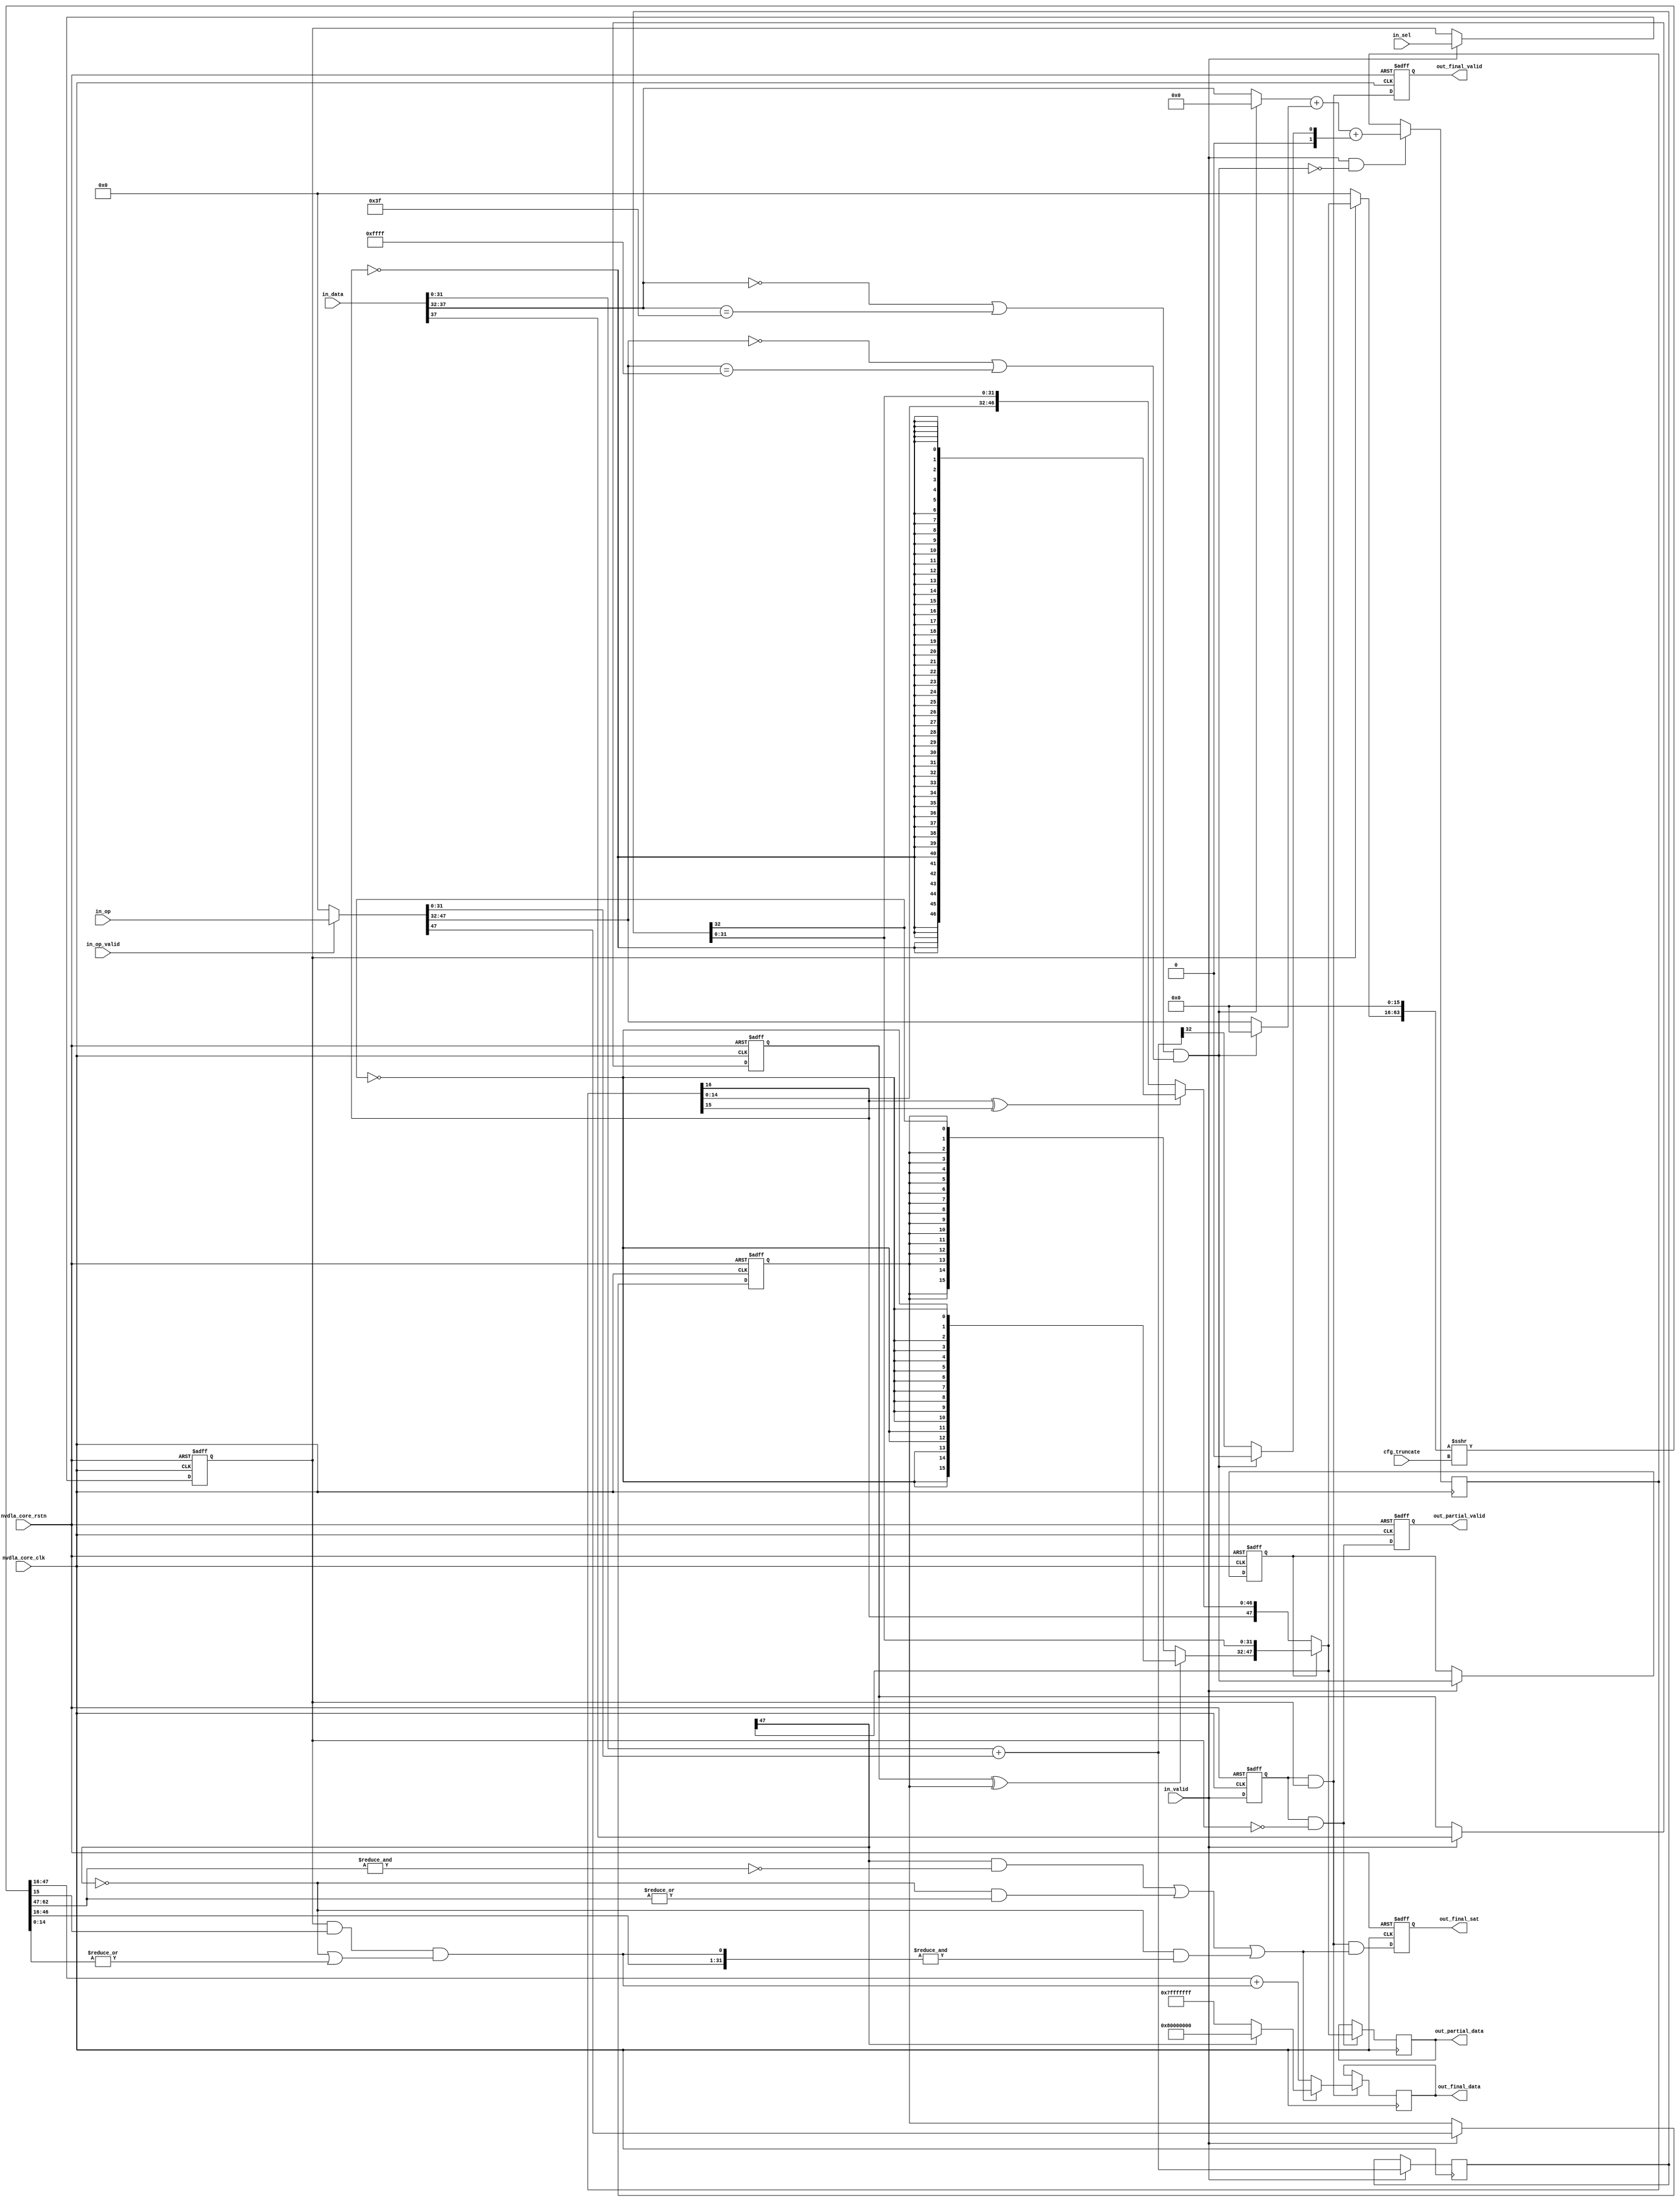
// ================================================================
// NVDLA Open Source Project
//
// Copyright(c) 2016 - 2017 NVIDIA Corporation. Licensed under the
// NVDLA Open Hardware License; Check "LICENSE" which comes with
// this distribution for more information.
// ================================================================
module NV_NVDLA_CACC_CALC_int16 (
   nvdla_core_clk
  ,nvdla_core_rstn
  ,cfg_truncate
  ,in_data
  ,in_op
  ,in_op_valid
  ,in_sel
  ,in_valid
  ,out_final_data
  ,out_final_sat
  ,out_final_valid
  ,out_partial_data
  ,out_partial_valid
  );
input [4:0] cfg_truncate;
input [37:0] in_data;
input [47:0] in_op;
input in_op_valid;
input in_sel;
input in_valid;
output [31:0] out_final_data;
output out_final_sat;
output out_final_valid;
output [47:0] out_partial_data;
output out_partial_valid;
input nvdla_core_clk;
input nvdla_core_rstn;
reg di_sign_d;
reg [15:0] i_hsame_sign;
reg [16:0] i_hsum_pd;
reg [32:0] i_lsum_pd;
reg [47:0] i_sat_pd3;
reg i_sat_sel;
reg i_sat_vld;
reg in_hsb_same_d;
reg oi_sign_d;
reg [31:0] out_final_data;
reg out_final_sat;
reg out_final_valid;
reg [47:0] out_partial_data;
reg out_partial_valid;
wire [5:0] di_hsb_pd;
wire [5:0] di_hsb_pd_tmp;
wire [31:0] di_lsb_pd;
wire di_sign;
wire [31:0] i_final_result;
wire i_final_vld;
wire i_guide;
wire i_hsum_msb;
wire [16:0] i_hsum_pd_nxt;
wire i_hsum_sign;
wire [47:0] i_last_pd;
wire [48:0] i_last_pd3;
wire i_lsum_msb;
wire [1:0] i_lsum_msb_nxt;
wire [1:0] i_lsum_msb_tmp;
wire [32:0] i_lsum_pd_nxt;
wire [47:0] i_partial_result;
wire i_partial_vld;
wire i_point5;
wire [31:0] i_pos_pd;
wire [47:0] i_pre_sft_pd;
wire [47:0] i_sat_pd;
wire i_sat_sign;
wire i_sel;
wire [31:0] i_sft_max;
wire i_sft_need_sat;
wire [47:0] i_sft_pd;
wire [14:0] i_stick;
wire [31:0] i_tru_pd;
wire i_vld;
wire in_hsb_same;
wire [47:0] in_mask_op;
wire mon_pos_pd_c;
wire [15:0] oi_hsb_pd;
wire [15:0] oi_hsb_pd_tmp;
wire [31:0] oi_lsb_pd;
wire oi_sign;
// synoff nets
// monitor nets
// debug nets
// tie high nets
// tie low nets
// no connect nets
// not all bits used nets
// todo nets
assign i_sel = in_sel;
assign i_vld = in_valid;
assign in_mask_op = in_op_valid ? in_op[47:0] : 48'b0;
assign di_sign = in_data[38 -1];
assign oi_sign = in_mask_op[48 -1];
assign di_lsb_pd = in_data[31:0];
assign oi_lsb_pd = in_mask_op[31:0];
assign di_hsb_pd = in_data[37:32];
assign oi_hsb_pd = in_mask_op[47:32];
assign in_hsb_same = (di_hsb_pd == {6{1'b0}} || di_hsb_pd == {6{1'b1}}) &&
                     (oi_hsb_pd == {16{1'b0}} || oi_hsb_pd == {16{1'b1}});
always @(posedge nvdla_core_clk or negedge nvdla_core_rstn) begin
  if (!nvdla_core_rstn) begin
    i_sat_vld <= 1'b0;
  end else begin
  i_sat_vld <= i_vld;
  end
end
always @(posedge nvdla_core_clk or negedge nvdla_core_rstn) begin
  if (!nvdla_core_rstn) begin
    i_sat_sel <= 1'b0;
  end else begin
  if ((i_vld) == 1'b1) begin
    i_sat_sel <= i_sel;
// VCS coverage off
  end else if ((i_vld) == 1'b0) begin
  end else begin
    i_sat_sel <= 'bx; // spyglass disable STARC-2.10.1.6 W443 NoWidthInBasedNum-ML -- (Constant containing x or z used, Based number `bx contains an X, Width specification missing for based number)
// VCS coverage on
  end
  end
end
`ifdef SPYGLASS_ASSERT_ON
`else
// spyglass disable_block NoWidthInBasedNum-ML
// spyglass disable_block STARC-2.10.3.2a
// spyglass disable_block STARC05-2.1.3.1
// spyglass disable_block STARC-2.1.4.6
// spyglass disable_block W116
// spyglass disable_block W154
// spyglass disable_block W239
// spyglass disable_block W362
// spyglass disable_block WRN_58
// spyglass disable_block WRN_61
`endif // SPYGLASS_ASSERT_ON
`ifdef ASSERT_ON
`ifdef FV_ASSERT_ON
`define ASSERT_RESET nvdla_core_rstn
`else
`ifdef SYNTHESIS
`define ASSERT_RESET nvdla_core_rstn
`else
`ifdef ASSERT_OFF_RESET_IS_X
`define ASSERT_RESET ((1'bx === nvdla_core_rstn) ? 1'b0 : nvdla_core_rstn)
`else
`define ASSERT_RESET ((1'bx === nvdla_core_rstn) ? 1'b1 : nvdla_core_rstn)
`endif // ASSERT_OFF_RESET_IS_X
`endif // SYNTHESIS
`endif // FV_ASSERT_ON
`ifndef SYNTHESIS
// VCS coverage off
  nv_assert_no_x #(0,1,0,"No X's allowed on control signals") zzz_assert_no_x_1x (nvdla_core_clk, `ASSERT_RESET, 1'd1, (^(i_vld))); // spyglass disable W504 SelfDeterminedExpr-ML 
// VCS coverage on
`endif
`undef ASSERT_RESET
`endif // ASSERT_ON
`ifdef SPYGLASS_ASSERT_ON
`else
// spyglass enable_block NoWidthInBasedNum-ML
// spyglass enable_block STARC-2.10.3.2a
// spyglass enable_block STARC05-2.1.3.1
// spyglass enable_block STARC-2.1.4.6
// spyglass enable_block W116
// spyglass enable_block W154
// spyglass enable_block W239
// spyglass enable_block W362
// spyglass enable_block WRN_58
// spyglass enable_block WRN_61
`endif // SPYGLASS_ASSERT_ON
always @(posedge nvdla_core_clk or negedge nvdla_core_rstn) begin
  if (!nvdla_core_rstn) begin
    di_sign_d <= 1'b0;
  end else begin
  if ((i_vld) == 1'b1) begin
    di_sign_d <= di_sign;
// VCS coverage off
  end else if ((i_vld) == 1'b0) begin
  end else begin
    di_sign_d <= 'bx; // spyglass disable STARC-2.10.1.6 W443 NoWidthInBasedNum-ML -- (Constant containing x or z used, Based number `bx contains an X, Width specification missing for based number)
// VCS coverage on
  end
  end
end
`ifdef SPYGLASS_ASSERT_ON
`else
// spyglass disable_block NoWidthInBasedNum-ML
// spyglass disable_block STARC-2.10.3.2a
// spyglass disable_block STARC05-2.1.3.1
// spyglass disable_block STARC-2.1.4.6
// spyglass disable_block W116
// spyglass disable_block W154
// spyglass disable_block W239
// spyglass disable_block W362
// spyglass disable_block WRN_58
// spyglass disable_block WRN_61
`endif // SPYGLASS_ASSERT_ON
`ifdef ASSERT_ON
`ifdef FV_ASSERT_ON
`define ASSERT_RESET nvdla_core_rstn
`else
`ifdef SYNTHESIS
`define ASSERT_RESET nvdla_core_rstn
`else
`ifdef ASSERT_OFF_RESET_IS_X
`define ASSERT_RESET ((1'bx === nvdla_core_rstn) ? 1'b0 : nvdla_core_rstn)
`else
`define ASSERT_RESET ((1'bx === nvdla_core_rstn) ? 1'b1 : nvdla_core_rstn)
`endif // ASSERT_OFF_RESET_IS_X
`endif // SYNTHESIS
`endif // FV_ASSERT_ON
`ifndef SYNTHESIS
// VCS coverage off
  nv_assert_no_x #(0,1,0,"No X's allowed on control signals") zzz_assert_no_x_2x (nvdla_core_clk, `ASSERT_RESET, 1'd1, (^(i_vld))); // spyglass disable W504 SelfDeterminedExpr-ML 
// VCS coverage on
`endif
`undef ASSERT_RESET
`endif // ASSERT_ON
`ifdef SPYGLASS_ASSERT_ON
`else
// spyglass enable_block NoWidthInBasedNum-ML
// spyglass enable_block STARC-2.10.3.2a
// spyglass enable_block STARC05-2.1.3.1
// spyglass enable_block STARC-2.1.4.6
// spyglass enable_block W116
// spyglass enable_block W154
// spyglass enable_block W239
// spyglass enable_block W362
// spyglass enable_block WRN_58
// spyglass enable_block WRN_61
`endif // SPYGLASS_ASSERT_ON
always @(posedge nvdla_core_clk or negedge nvdla_core_rstn) begin
  if (!nvdla_core_rstn) begin
    oi_sign_d <= 1'b0;
  end else begin
  if ((i_vld) == 1'b1) begin
    oi_sign_d <= oi_sign;
// VCS coverage off
  end else if ((i_vld) == 1'b0) begin
  end else begin
    oi_sign_d <= 'bx; // spyglass disable STARC-2.10.1.6 W443 NoWidthInBasedNum-ML -- (Constant containing x or z used, Based number `bx contains an X, Width specification missing for based number)
// VCS coverage on
  end
  end
end
`ifdef SPYGLASS_ASSERT_ON
`else
// spyglass disable_block NoWidthInBasedNum-ML
// spyglass disable_block STARC-2.10.3.2a
// spyglass disable_block STARC05-2.1.3.1
// spyglass disable_block STARC-2.1.4.6
// spyglass disable_block W116
// spyglass disable_block W154
// spyglass disable_block W239
// spyglass disable_block W362
// spyglass disable_block WRN_58
// spyglass disable_block WRN_61
`endif // SPYGLASS_ASSERT_ON
`ifdef ASSERT_ON
`ifdef FV_ASSERT_ON
`define ASSERT_RESET nvdla_core_rstn
`else
`ifdef SYNTHESIS
`define ASSERT_RESET nvdla_core_rstn
`else
`ifdef ASSERT_OFF_RESET_IS_X
`define ASSERT_RESET ((1'bx === nvdla_core_rstn) ? 1'b0 : nvdla_core_rstn)
`else
`define ASSERT_RESET ((1'bx === nvdla_core_rstn) ? 1'b1 : nvdla_core_rstn)
`endif // ASSERT_OFF_RESET_IS_X
`endif // SYNTHESIS
`endif // FV_ASSERT_ON
`ifndef SYNTHESIS
// VCS coverage off
  nv_assert_no_x #(0,1,0,"No X's allowed on control signals") zzz_assert_no_x_3x (nvdla_core_clk, `ASSERT_RESET, 1'd1, (^(i_vld))); // spyglass disable W504 SelfDeterminedExpr-ML 
// VCS coverage on
`endif
`undef ASSERT_RESET
`endif // ASSERT_ON
`ifdef SPYGLASS_ASSERT_ON
`else
// spyglass enable_block NoWidthInBasedNum-ML
// spyglass enable_block STARC-2.10.3.2a
// spyglass enable_block STARC05-2.1.3.1
// spyglass enable_block STARC-2.1.4.6
// spyglass enable_block W116
// spyglass enable_block W154
// spyglass enable_block W239
// spyglass enable_block W362
// spyglass enable_block WRN_58
// spyglass enable_block WRN_61
`endif // SPYGLASS_ASSERT_ON
always @(posedge nvdla_core_clk or negedge nvdla_core_rstn) begin
  if (!nvdla_core_rstn) begin
    in_hsb_same_d <= 1'b0;
  end else begin
  if ((i_vld) == 1'b1) begin
    in_hsb_same_d <= in_hsb_same;
// VCS coverage off
  end else if ((i_vld) == 1'b0) begin
  end else begin
    in_hsb_same_d <= 'bx; // spyglass disable STARC-2.10.1.6 W443 NoWidthInBasedNum-ML -- (Constant containing x or z used, Based number `bx contains an X, Width specification missing for based number)
// VCS coverage on
  end
  end
end
`ifdef SPYGLASS_ASSERT_ON
`else
// spyglass disable_block NoWidthInBasedNum-ML
// spyglass disable_block STARC-2.10.3.2a
// spyglass disable_block STARC05-2.1.3.1
// spyglass disable_block STARC-2.1.4.6
// spyglass disable_block W116
// spyglass disable_block W154
// spyglass disable_block W239
// spyglass disable_block W362
// spyglass disable_block WRN_58
// spyglass disable_block WRN_61
`endif // SPYGLASS_ASSERT_ON
`ifdef ASSERT_ON
`ifdef FV_ASSERT_ON
`define ASSERT_RESET nvdla_core_rstn
`else
`ifdef SYNTHESIS
`define ASSERT_RESET nvdla_core_rstn
`else
`ifdef ASSERT_OFF_RESET_IS_X
`define ASSERT_RESET ((1'bx === nvdla_core_rstn) ? 1'b0 : nvdla_core_rstn)
`else
`define ASSERT_RESET ((1'bx === nvdla_core_rstn) ? 1'b1 : nvdla_core_rstn)
`endif // ASSERT_OFF_RESET_IS_X
`endif // SYNTHESIS
`endif // FV_ASSERT_ON
`ifndef SYNTHESIS
// VCS coverage off
  nv_assert_no_x #(0,1,0,"No X's allowed on control signals") zzz_assert_no_x_4x (nvdla_core_clk, `ASSERT_RESET, 1'd1, (^(i_vld))); // spyglass disable W504 SelfDeterminedExpr-ML 
// VCS coverage on
`endif
`undef ASSERT_RESET
`endif // ASSERT_ON
`ifdef SPYGLASS_ASSERT_ON
`else
// spyglass enable_block NoWidthInBasedNum-ML
// spyglass enable_block STARC-2.10.3.2a
// spyglass enable_block STARC05-2.1.3.1
// spyglass enable_block STARC-2.1.4.6
// spyglass enable_block W116
// spyglass enable_block W154
// spyglass enable_block W239
// spyglass enable_block W362
// spyglass enable_block WRN_58
// spyglass enable_block WRN_61
`endif // SPYGLASS_ASSERT_ON
//====================
// Addition
//====================
assign i_lsum_pd_nxt[32:0] = di_lsb_pd + oi_lsb_pd;
assign i_lsum_msb_nxt = {1'b0, i_lsum_pd_nxt[32 +1 -1]};
//pipeline1
always @(posedge nvdla_core_clk) begin
  if ((i_vld) == 1'b1) begin
    i_lsum_pd <= i_lsum_pd_nxt;
// VCS coverage off
  end else if ((i_vld) == 1'b0) begin
  end else begin
    i_lsum_pd <= 'bx; // spyglass disable STARC-2.10.1.6 W443 NoWidthInBasedNum-ML -- (Constant containing x or z used, Based number `bx contains an X, Width specification missing for based number)
// VCS coverage on
  end
end
assign i_lsum_msb = i_lsum_pd[32 +1 -1];
//branch3 high 16bits add
assign di_hsb_pd_tmp = ~in_hsb_same ? di_hsb_pd : {6{1'b0}};
assign oi_hsb_pd_tmp = ~in_hsb_same ? oi_hsb_pd : {16{1'b0}};
assign i_lsum_msb_tmp = ~in_hsb_same ? i_lsum_msb_nxt : 2'b0;
assign i_hsum_pd_nxt[16:0] = $signed(di_hsb_pd_tmp) + $signed(oi_hsb_pd_tmp) + $signed(i_lsum_msb_tmp);
always @(posedge nvdla_core_clk) begin
  if ((i_vld & ~in_hsb_same) == 1'b1) begin
    i_hsum_pd <= i_hsum_pd_nxt;
// VCS coverage off
  end else if ((i_vld & ~in_hsb_same) == 1'b0) begin
  end else begin
    i_hsum_pd <= 'bx; // spyglass disable STARC-2.10.1.6 W443 NoWidthInBasedNum-ML -- (Constant containing x or z used, Based number `bx contains an X, Width specification missing for based number)
// VCS coverage on
  end
end
assign i_last_pd3 = {i_hsum_pd,i_lsum_pd[31:0]};
//branch1 & 2
always @(
  di_sign_d
  or oi_sign_d
  or i_lsum_msb
  ) begin
    if (di_sign_d ^ oi_sign_d) begin //branch1
        i_hsame_sign = {16{~i_lsum_msb}};
    end else begin //branch2 
        i_hsame_sign = {{15{oi_sign_d}},i_lsum_msb};
    end
end
assign i_last_pd = {i_hsame_sign,i_lsum_pd[31:0]};
// branch3 narrow down to 48bit, and need satuation only
assign i_hsum_sign = i_hsum_pd[48 - 32 ];
assign i_hsum_msb = i_hsum_pd[48 - 32 -1];
always @(
  i_hsum_sign
  or i_hsum_msb
  or i_last_pd3
  ) begin
    if (i_hsum_sign ^ i_hsum_msb) begin
        i_sat_pd3 = {i_hsum_sign,{47{~i_hsum_sign}}};
    end else begin
        i_sat_pd3 = {i_hsum_sign,i_last_pd3[46:0]};
    end
end
assign i_sat_pd = in_hsb_same_d ? i_last_pd : i_sat_pd3;
assign i_partial_result = i_sat_pd;
//====================
// narrow down to 32bit, and need rounding and satuation
//====================
assign i_pre_sft_pd = i_sat_sel ? i_sat_pd[47:0] : {48{1'b0}};
assign i_sat_sign = i_sat_pd[48 -1];
assign {i_sft_pd[47:0], i_guide, i_stick[14:0]} = ($signed({i_pre_sft_pd, 16'b0}) >>> cfg_truncate);
assign i_sft_need_sat = (i_sat_sign & ~(&i_sft_pd[46:31])) |
                        (~i_sat_sign & (|i_sft_pd[46:31])) |
                        (~i_sat_sign & (&{i_sft_pd[30:0], i_point5}));
assign i_sft_max = i_sat_sign ? {1'b1, 31'b0} : ~{1'b1, 31'b0};
assign i_point5 = i_sat_sel & i_guide & (~i_sat_sign | (|i_stick));
assign {mon_pos_pd_c,i_pos_pd[31:0]} = i_sft_pd[31:0] + i_point5;
assign i_tru_pd = i_pos_pd;
assign i_final_result = i_sft_need_sat ? i_sft_max : i_tru_pd;
assign i_partial_vld = i_sat_vld & ~i_sat_sel;
assign i_final_vld = i_sat_vld & i_sat_sel;
//====================
always @(posedge nvdla_core_clk or negedge nvdla_core_rstn) begin
  if (!nvdla_core_rstn) begin
    out_partial_valid <= 1'b0;
  end else begin
  out_partial_valid <= i_partial_vld;
  end
end
always @(posedge nvdla_core_clk) begin
  if ((i_partial_vld) == 1'b1) begin
    out_partial_data <= i_partial_result;
// VCS coverage off
  end else if ((i_partial_vld) == 1'b0) begin
  end else begin
    out_partial_data <= 'bx; // spyglass disable STARC-2.10.1.6 W443 NoWidthInBasedNum-ML -- (Constant containing x or z used, Based number `bx contains an X, Width specification missing for based number)
// VCS coverage on
  end
end
always @(posedge nvdla_core_clk or negedge nvdla_core_rstn) begin
  if (!nvdla_core_rstn) begin
    out_final_valid <= 1'b0;
  end else begin
  out_final_valid <= i_final_vld;
  end
end
always @(posedge nvdla_core_clk or negedge nvdla_core_rstn) begin
  if (!nvdla_core_rstn) begin
    out_final_sat <= 1'b0;
  end else begin
  out_final_sat <= i_final_vld & i_sft_need_sat;
  end
end
always @(posedge nvdla_core_clk) begin
  if ((i_final_vld) == 1'b1) begin
    out_final_data <= i_final_result;
// VCS coverage off
  end else if ((i_final_vld) == 1'b0) begin
  end else begin
    out_final_data <= 'bx; // spyglass disable STARC-2.10.1.6 W443 NoWidthInBasedNum-ML -- (Constant containing x or z used, Based number `bx contains an X, Width specification missing for based number)
// VCS coverage on
  end
end
//VCS coverage off
`ifndef DISABLE_FUNCPOINT
  `ifdef ENABLE_FUNCPOINT
    reg funcpoint_cover_off;
    initial begin
        if ( $test$plusargs( "cover_off" ) ) begin
            funcpoint_cover_off = 1'b1;
        end else begin
            funcpoint_cover_off = 1'b0;
        end
    end
    property cacc_calc_int16__two_in_data_branch1__0_cov;
        disable iff((nvdla_core_rstn !== 1) || funcpoint_cover_off)
        @(posedge nvdla_core_clk)
        in_hsb_same & ~(di_sign ^ oi_sign);
    endproperty
// Cover 0 : "in_hsb_same & ~(di_sign ^ oi_sign)"
    FUNCPOINT_cacc_calc_int16__two_in_data_branch1__0_COV : cover property (cacc_calc_int16__two_in_data_branch1__0_cov);
  `endif
`endif
//VCS coverage on
//VCS coverage off
`ifndef DISABLE_FUNCPOINT
  `ifdef ENABLE_FUNCPOINT
    property cacc_calc_int16__two_in_data_branch2__1_cov;
        disable iff((nvdla_core_rstn !== 1) || funcpoint_cover_off)
        @(posedge nvdla_core_clk)
        in_hsb_same & (di_sign ^ oi_sign);
    endproperty
// Cover 1 : "in_hsb_same & (di_sign ^ oi_sign)"
    FUNCPOINT_cacc_calc_int16__two_in_data_branch2__1_COV : cover property (cacc_calc_int16__two_in_data_branch2__1_cov);
  `endif
`endif
//VCS coverage on
//VCS coverage off
`ifndef DISABLE_FUNCPOINT
  `ifdef ENABLE_FUNCPOINT
    property cacc_calc_int16__branch3_hsum_need_sat__2_cov;
        disable iff((nvdla_core_rstn !== 1) || funcpoint_cover_off)
        @(posedge nvdla_core_clk)
        ~in_hsb_same_d & (i_hsum_sign ^ i_hsum_msb);
    endproperty
// Cover 2 : "~in_hsb_same_d & (i_hsum_sign ^ i_hsum_msb)"
    FUNCPOINT_cacc_calc_int16__branch3_hsum_need_sat__2_COV : cover property (cacc_calc_int16__branch3_hsum_need_sat__2_cov);
  `endif
`endif
//VCS coverage on
//VCS coverage off
`ifndef DISABLE_FUNCPOINT
  `ifdef ENABLE_FUNCPOINT
    property cacc_calc_int16__out32_need_sat_pos__3_cov;
        disable iff((nvdla_core_rstn !== 1) || funcpoint_cover_off)
        @(posedge nvdla_core_clk)
        i_sft_need_sat & ~i_sat_sign & ~i_point5;
    endproperty
// Cover 3 : "i_sft_need_sat & ~i_sat_sign & ~i_point5"
    FUNCPOINT_cacc_calc_int16__out32_need_sat_pos__3_COV : cover property (cacc_calc_int16__out32_need_sat_pos__3_cov);
  `endif
`endif
//VCS coverage on
//VCS coverage off
`ifndef DISABLE_FUNCPOINT
  `ifdef ENABLE_FUNCPOINT
    property cacc_calc_int16__out32_round_need_sat_pos__4_cov;
        disable iff((nvdla_core_rstn !== 1) || funcpoint_cover_off)
        @(posedge nvdla_core_clk)
        i_sft_need_sat & ~i_sat_sign & i_point5;
    endproperty
// Cover 4 : "i_sft_need_sat & ~i_sat_sign & i_point5"
    FUNCPOINT_cacc_calc_int16__out32_round_need_sat_pos__4_COV : cover property (cacc_calc_int16__out32_round_need_sat_pos__4_cov);
  `endif
`endif
//VCS coverage on
//VCS coverage off
`ifndef DISABLE_FUNCPOINT
  `ifdef ENABLE_FUNCPOINT
    property cacc_calc_int16__out32_round_need_sat_neg__5_cov;
        disable iff((nvdla_core_rstn !== 1) || funcpoint_cover_off)
        @(posedge nvdla_core_clk)
        i_sft_need_sat & i_sat_sign;
    endproperty
// Cover 5 : "i_sft_need_sat & i_sat_sign"
    FUNCPOINT_cacc_calc_int16__out32_round_need_sat_neg__5_COV : cover property (cacc_calc_int16__out32_round_need_sat_neg__5_cov);
  `endif
`endif
//VCS coverage on
endmodule // NV_NVDLA_CACC_CALC_int16